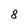
Character: 8